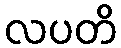
လပတိ